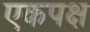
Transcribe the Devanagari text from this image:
एकपक्ष